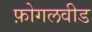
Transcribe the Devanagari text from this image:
फ़ोगलवीड